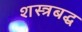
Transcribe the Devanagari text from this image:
शस्त्रबद्ध